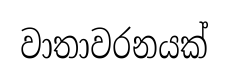
වාතාවරනයක්